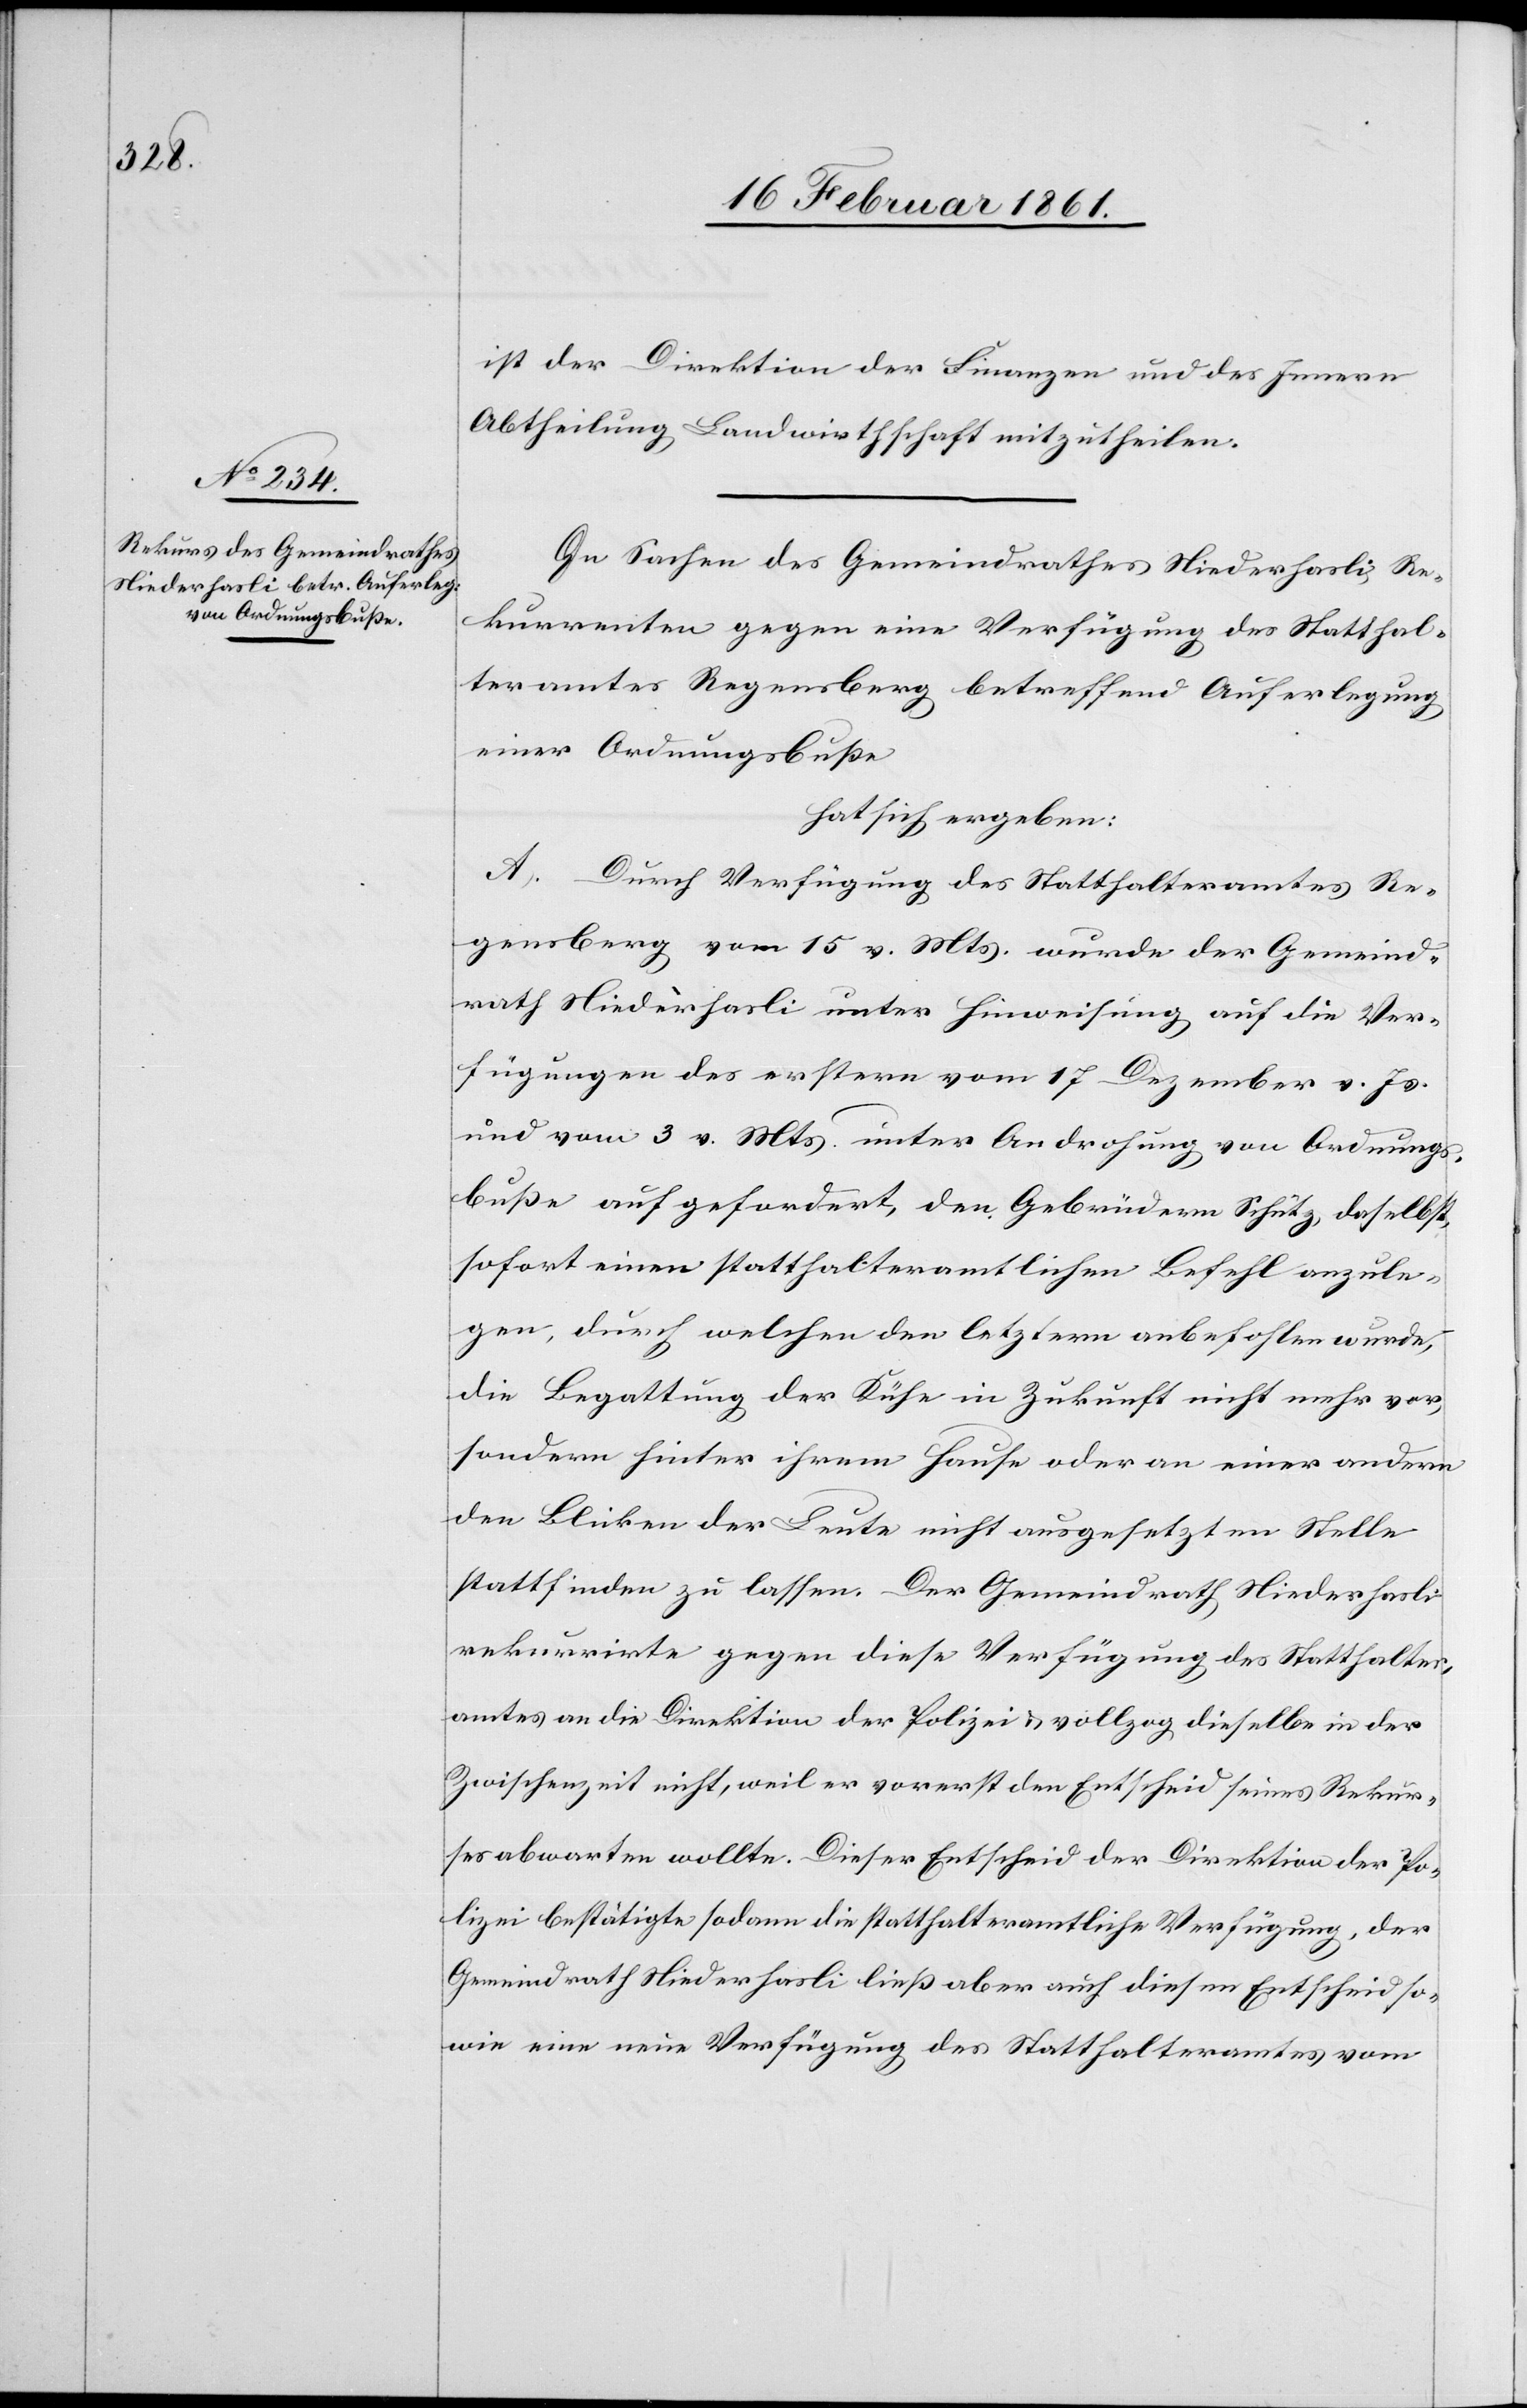
ist der Direktion der Finanzen und des Innern
Abtheilung Landwirtschaft mitzutheilen.
In Sachen des Gemeindrathes Niederhasli, Re¬
kurrenten gegen eine Verfügung des Statthal¬
teramtes Regensberg betreffend Auferlegung
einer Ordnungsbusse
hat sich ergeben:
A. Durch Verfügung des Statthalteramtes Re¬
gensberg vom 15. v. Mts. wurde der Gemeind¬
rath Niederhasli unter Hinweisung auf die Ver¬
fügungen des erstern vom 17. Dezember v. Js.
und vom 3. v. Mts. unter Androhung von Ordnungs¬
busse aufgefordert, den Gebrüdern Schütz, daselbst,
sofort einen statthalteramtlichen Befehl anzule¬
gen, durch welchen den letztern anbefohlen wurde,
die Begattung der Kühe in Zukunft nicht mehr vor,
sondern hinter ihrem Hause oder an einer andern
den Blicken der Leute nicht ausgesetzten Stelle
stattfinden zu lassen. Der Gemeindrath Niederhasli
rekurrirte gegen diese Verfügung des Statthalter¬
amtes an die Direktion der Polizei u. vollzog dieselbe in der
Zwischenzeit nicht, weil er vorerst den Entscheid seines Rekur¬
ses abwarten wollte. Dieser Entscheid der Direktion der Po¬
lizei bestätigte sodann die statthalteramtliche Verfügung, der
Gemeindrath Niederhasli liess aber auf diesen Entscheid so¬
wie eine neue Verfügung des Statthalteramtes vom